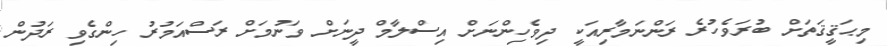
މިޙަޤީޤަތަށް ބުރަވެހުރެ ރަންނަމާރިއަކީ ދިވެހިންނަށް އިސްލާމް ދީނަށް ވަނުމަށް ރަސްއަމުރު ހިންގެވި ރަދުން